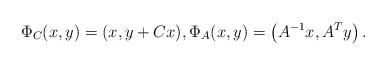
LaTeX: \begin{align*}\Phi_C(x,y) = (x, y + C x), \Phi_A(x, y) = \left( A^{-1} x, A^T y \right). \end{align*}